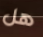
هل